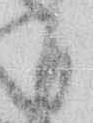
日